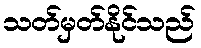
သတ်မှတ်နိုင်သည်